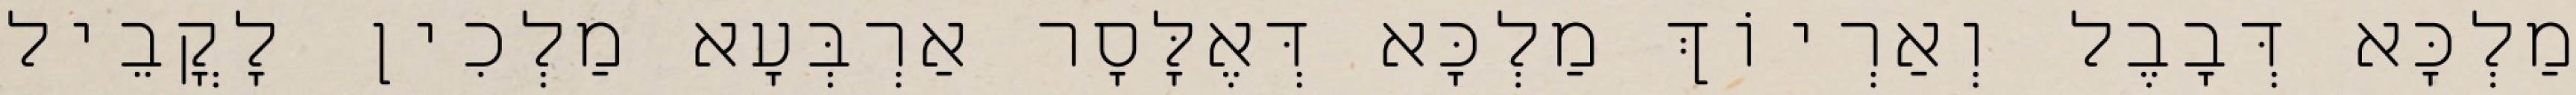
מַלְכָּא דְּבָבֶל וְאַרְיוֹךְ מַלְכָּא דְּאֶלָּסָר אַרְבְּעָא מַלְכִין לָקֳבֵיל